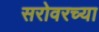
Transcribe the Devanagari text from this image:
सरोवरच्या